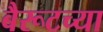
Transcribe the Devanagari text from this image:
बैरूटच्या